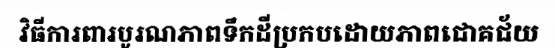
វិធីការពារបូរណភាពទឹកដីប្រកបដោយភាពជោគជ័យ